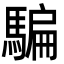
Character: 騙